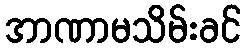
အာဏာမသိမ်းခင်